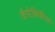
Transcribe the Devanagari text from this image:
जैसेकिकैंसर